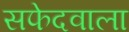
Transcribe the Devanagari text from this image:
सफेदवाला